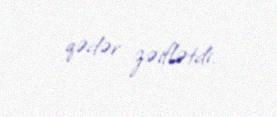
qədər zəiflətdi.